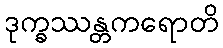
ဒုက္ခဿန္တကရောတိ